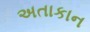
અતાકાન